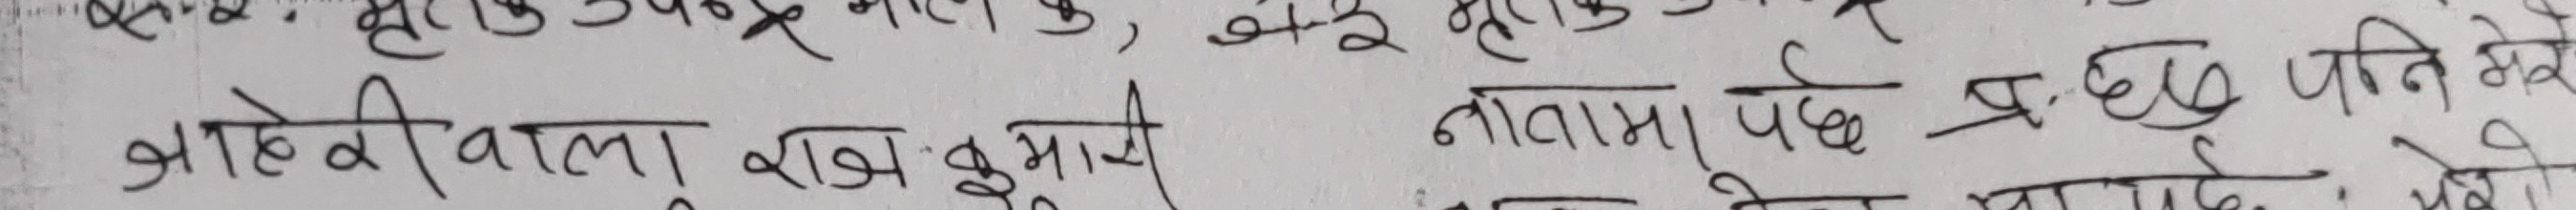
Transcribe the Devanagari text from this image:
५. हुए। उपरोक्त मालिक, और दुसरे प
जाहेरी वाला राज कुमार नातेमा पछ प्र.छ.द पति मेरो